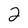
Character: 2